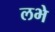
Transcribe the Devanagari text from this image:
लभे